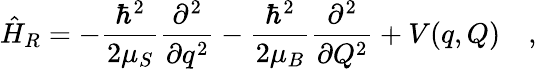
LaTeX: \hat{H}_{R}=-\frac{\hbar^{2}}{2\mu_{S}}\frac{\partial^{2}}{\partial q^{2}}-\frac{\hbar^{2}}{2\mu_{B}}\frac{\partial^{2}}{\partial Q^{2}}+V(q,Q)\quad,